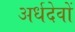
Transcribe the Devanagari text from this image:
अर्धदेवों